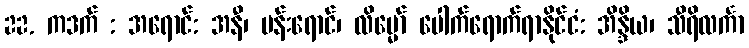
22. ကဒက် : အရောင်: အနီ၊ ပန်းရောင်၊ လိမ္မော် ပေါက်ရောက်ရာနိုင်ငံ: အိန္ဒိယ၊ သီရိလင်္ကာ